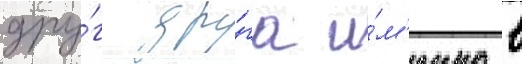
дру́г дру́га и́м'енно в